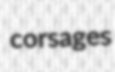
corsages